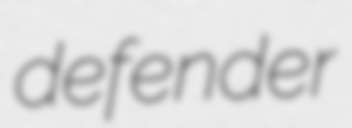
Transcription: defender